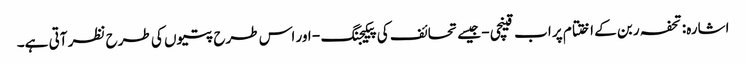
اشارہ: تحفہ ربن کے اختتام پر اب قینچی - جیسے تحائف کی پیکیجنگ - اور اس طرح پتیوں کی طرح نظر آتی ہے۔